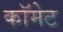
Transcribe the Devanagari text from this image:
कॉमेट